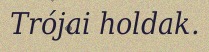
Trójai holdak.